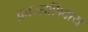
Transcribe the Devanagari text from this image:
फ्रान्सशिवाय